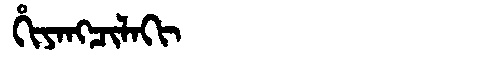
Manchu: ᡥᡳᠶᠠᠩᠴᡳᠯᠠᡴᡳ
Romanization: HIYANGCILAKI